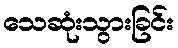
သေဆုံးသွားခြင်း